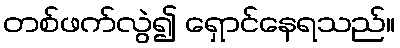
တစ်ဖက်လွဲ၍ ရှောင်နေရသည်။